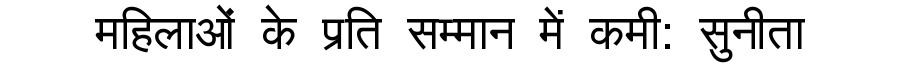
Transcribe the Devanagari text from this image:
महिलाओं के प्रति सम्मान में कमी: सुनीता